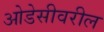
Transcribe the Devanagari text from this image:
ओडेसीवरील